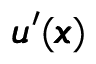
{ \pmb u } ^ { \prime } ( { \pmb x } )